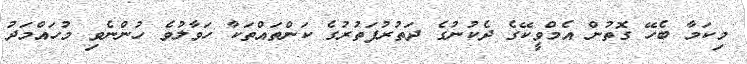
މިކަމާ ބެހޭ ގޮތުން އެމްވީކޭގެ ދެކުނުގެ ދަތުރުފަތުރުގެ ކަންތައްތަކާ ހަވާލުވެ ހުންނެވި މުހައްމަދު